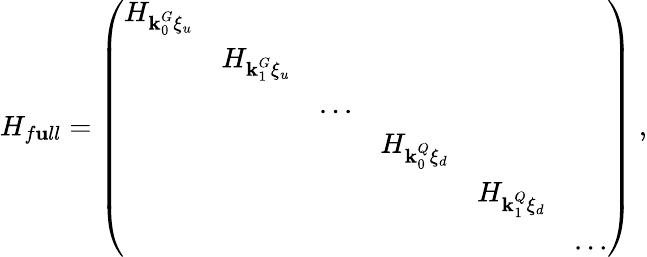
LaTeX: H_{f\mathbf{u}ll}=\left(\begin{array}{llllll}{H_{\textbf{k}_{0}^{G}\xi_{u}}}&&&&&\\ &{H_{\textbf{k}_{1}^{G}\xi_{u}}}&&&&\\ &&{...}&&&\\ &&&{H_{\textbf{k}_{0}^{Q}\xi_{d}}}&&\\ &&&&{H_{\textbf{k}_{1}^{Q}\xi_{d}}}&\\ &&&&&{...}\end{array}\right)~,